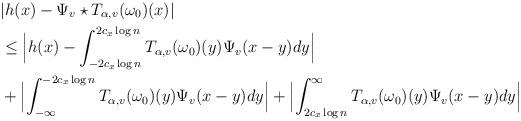
LaTeX: \begin{align*}&|h(x) - \Psi_v \star T_{\alpha,v}(\omega_0)(x)|\\&\leq \Bigl|h(x) - \int_{-2c_x \log n}^{2c_x \log n} T_{\alpha,v}(\omega_0)(y) \Psi_v(x-y) dy \Bigr| \\ &+ \Bigl| \int_{-\infty}^{-2c_x \log n} T_{\alpha,v}(\omega_0)(y) \Psi_v(x-y) dy \Bigr| + \Bigl|\int_{2c_x \log n}^\infty T_{\alpha,v}(\omega_0)(y) \Psi_v(x-y) dy\Bigr|\end{align*}